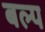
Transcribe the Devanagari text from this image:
बल्प